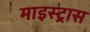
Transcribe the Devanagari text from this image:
माइस्ट्रास